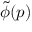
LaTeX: { \tilde { \phi } } ( p )